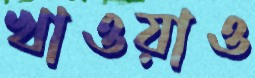
খাওয়াও